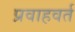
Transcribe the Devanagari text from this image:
प्रवाहवर्त